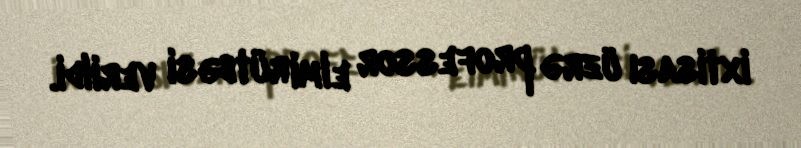
ixtisası üzrə professor elmi rütbəsi verildi.